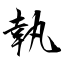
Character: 執